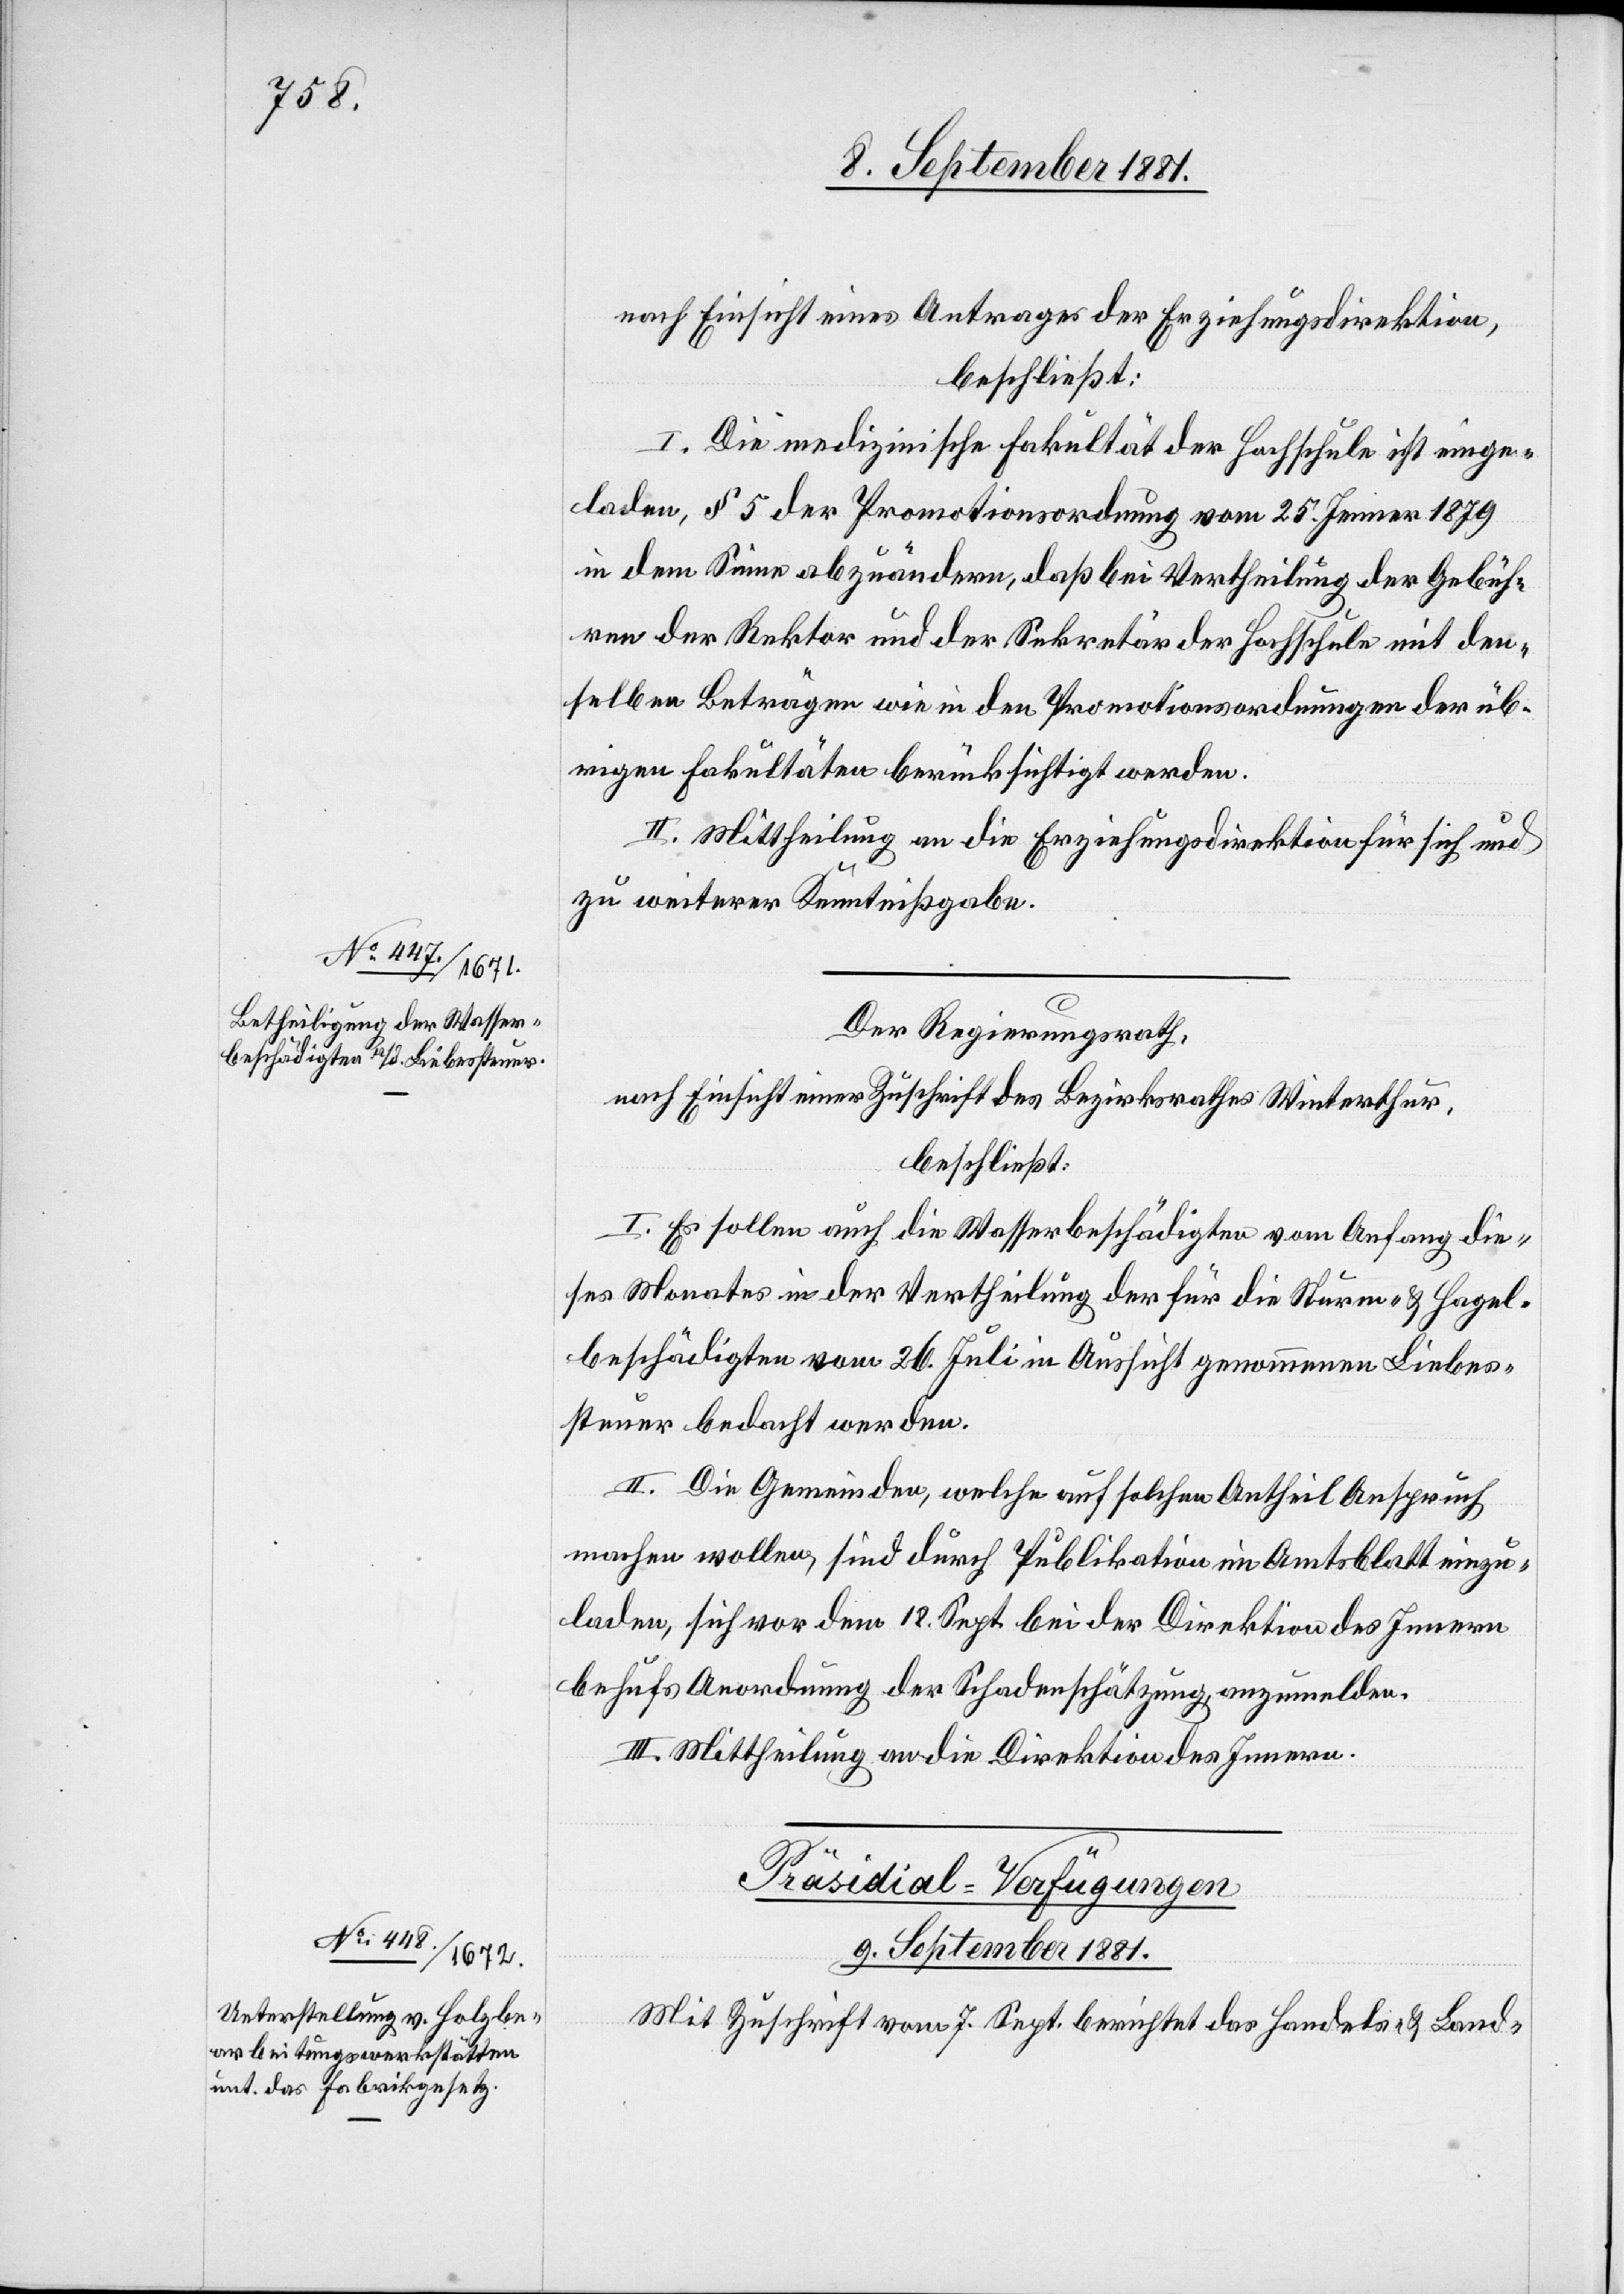
nach Einsicht eines Antrages der Erziehungsdirektion,
beschließt:
I. Die medizinische Fakultät der Hochschule ist einge¬
laden, § 5 der Promotionsordnung vom 25. Jenner 1879
in dem Sinne abzuändern, daß bei Vertheilung der Gebüh¬
ren der Rektor und der Sekretär der Hochschule mit den¬
selben Beträgen wie in den Promotionsordnungen der üb¬
rigen Fakultäten berücksichtigt werden.
II. Mittheilung an die Erziehungsdirektion für sich und
zu weiterer Kenntnißgabe.
Der Regierungsrath,
nach Einsicht einer Zuschrift des Bezirksrathes Winterthur,
beschließt:
I. Es sollen auch die Wasserbeschädigten vom Anfang die¬
ses Monats in der Vertheilung der für die Sturm- & Hagel¬
beschädigten vom 26. Juli in Aussicht genommenen Liebes¬
steuer bedacht werden.
II. Die Gemeinden, welche auch solchen Antheil Anspruch
machen wollen, sind durch Publikation im Amtsblatt einge¬
laden, sich vor dem 18. Sept. bei der Direktion des Innern
behufs Anordnung der Schadenschätzung, anzumelden.
III. Mittheilung an die Direktion des Innern.
Präsidial-Verfügungen
9. September 1881.
Mit Zuschrift vom 7. Sept. berichtet das Handels- & Land-